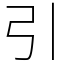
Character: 引